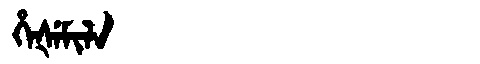
Manchu: ᡥᡝᡧᡝᠮᡳᠯᠠ
Romanization: HEŠEMILA